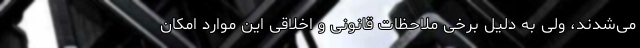
می‌شدند، ولی به دلیل برخی ملاحظات قانونی و اخلاقی این موارد امکان